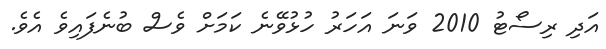
އަދި ރިސޯޓު 2010 ވަނަ އަހަރު ހުޅުވޭނެ ކަމަށް ވެސް ބުނެފައިވެ އެވެ.